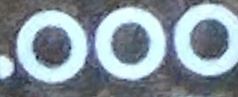
000